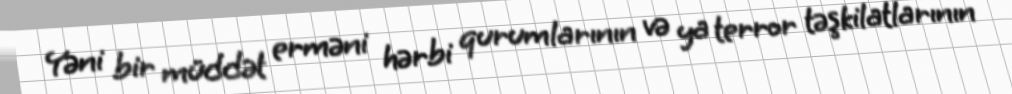
Yəni bir müddət erməni hərbi qurumlarının və ya terror təşkilatlarının